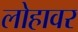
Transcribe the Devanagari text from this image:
लोहावर